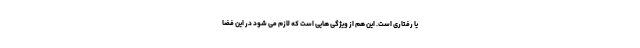
یا رفتاری است. این هم از ویژگی هایی است که لازم می شود در این فضا